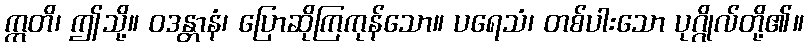
ဣတိ၊ ဤသို့။ ဝဒန္တာနံ၊ ပြောဆိုကြကုန်သော။ ပရေသံ၊ တစ်ပါးသော ပုဂ္ဂိုလ်တို့၏။